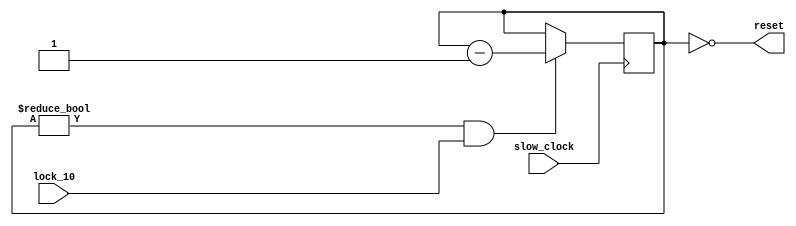
module reset(                       // Reset the bus on power up
    input slow_clock,
    input lock_10,
    output reset                    // controller reset pin
    );

    reg [31:0] reset_timer;

    initial
    begin
        reset_timer = 32'd100000;  // time to release reset > 1 sec
    end

    assign reset = (reset_timer == 0);

    always @(posedge slow_clock)
    if (reset_timer != 0 & lock_10)
        reset_timer <= reset_timer - 1'd1;

endmodule